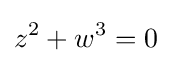
z^{2}+w^{3}=0